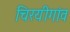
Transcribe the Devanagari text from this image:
चिरयीगांव